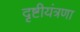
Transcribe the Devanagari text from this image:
दृष्टीयंत्रणा